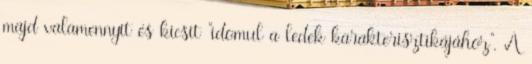
majd valamennyit és kicsit "idomul a ledek karakterisztikájához". A